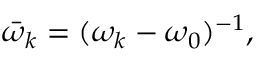
\bar { \omega } _ { k } = ( \omega _ { k } - \omega _ { 0 } ) ^ { - 1 } ,